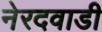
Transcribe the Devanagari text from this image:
नेरदवाडी